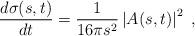
LaTeX: \begin{align*}\frac{d\sigma(s,t)}{dt} = \frac{1}{16 \pi s^2} \left| A(s, t)\right|^2 \;,\end{align*}